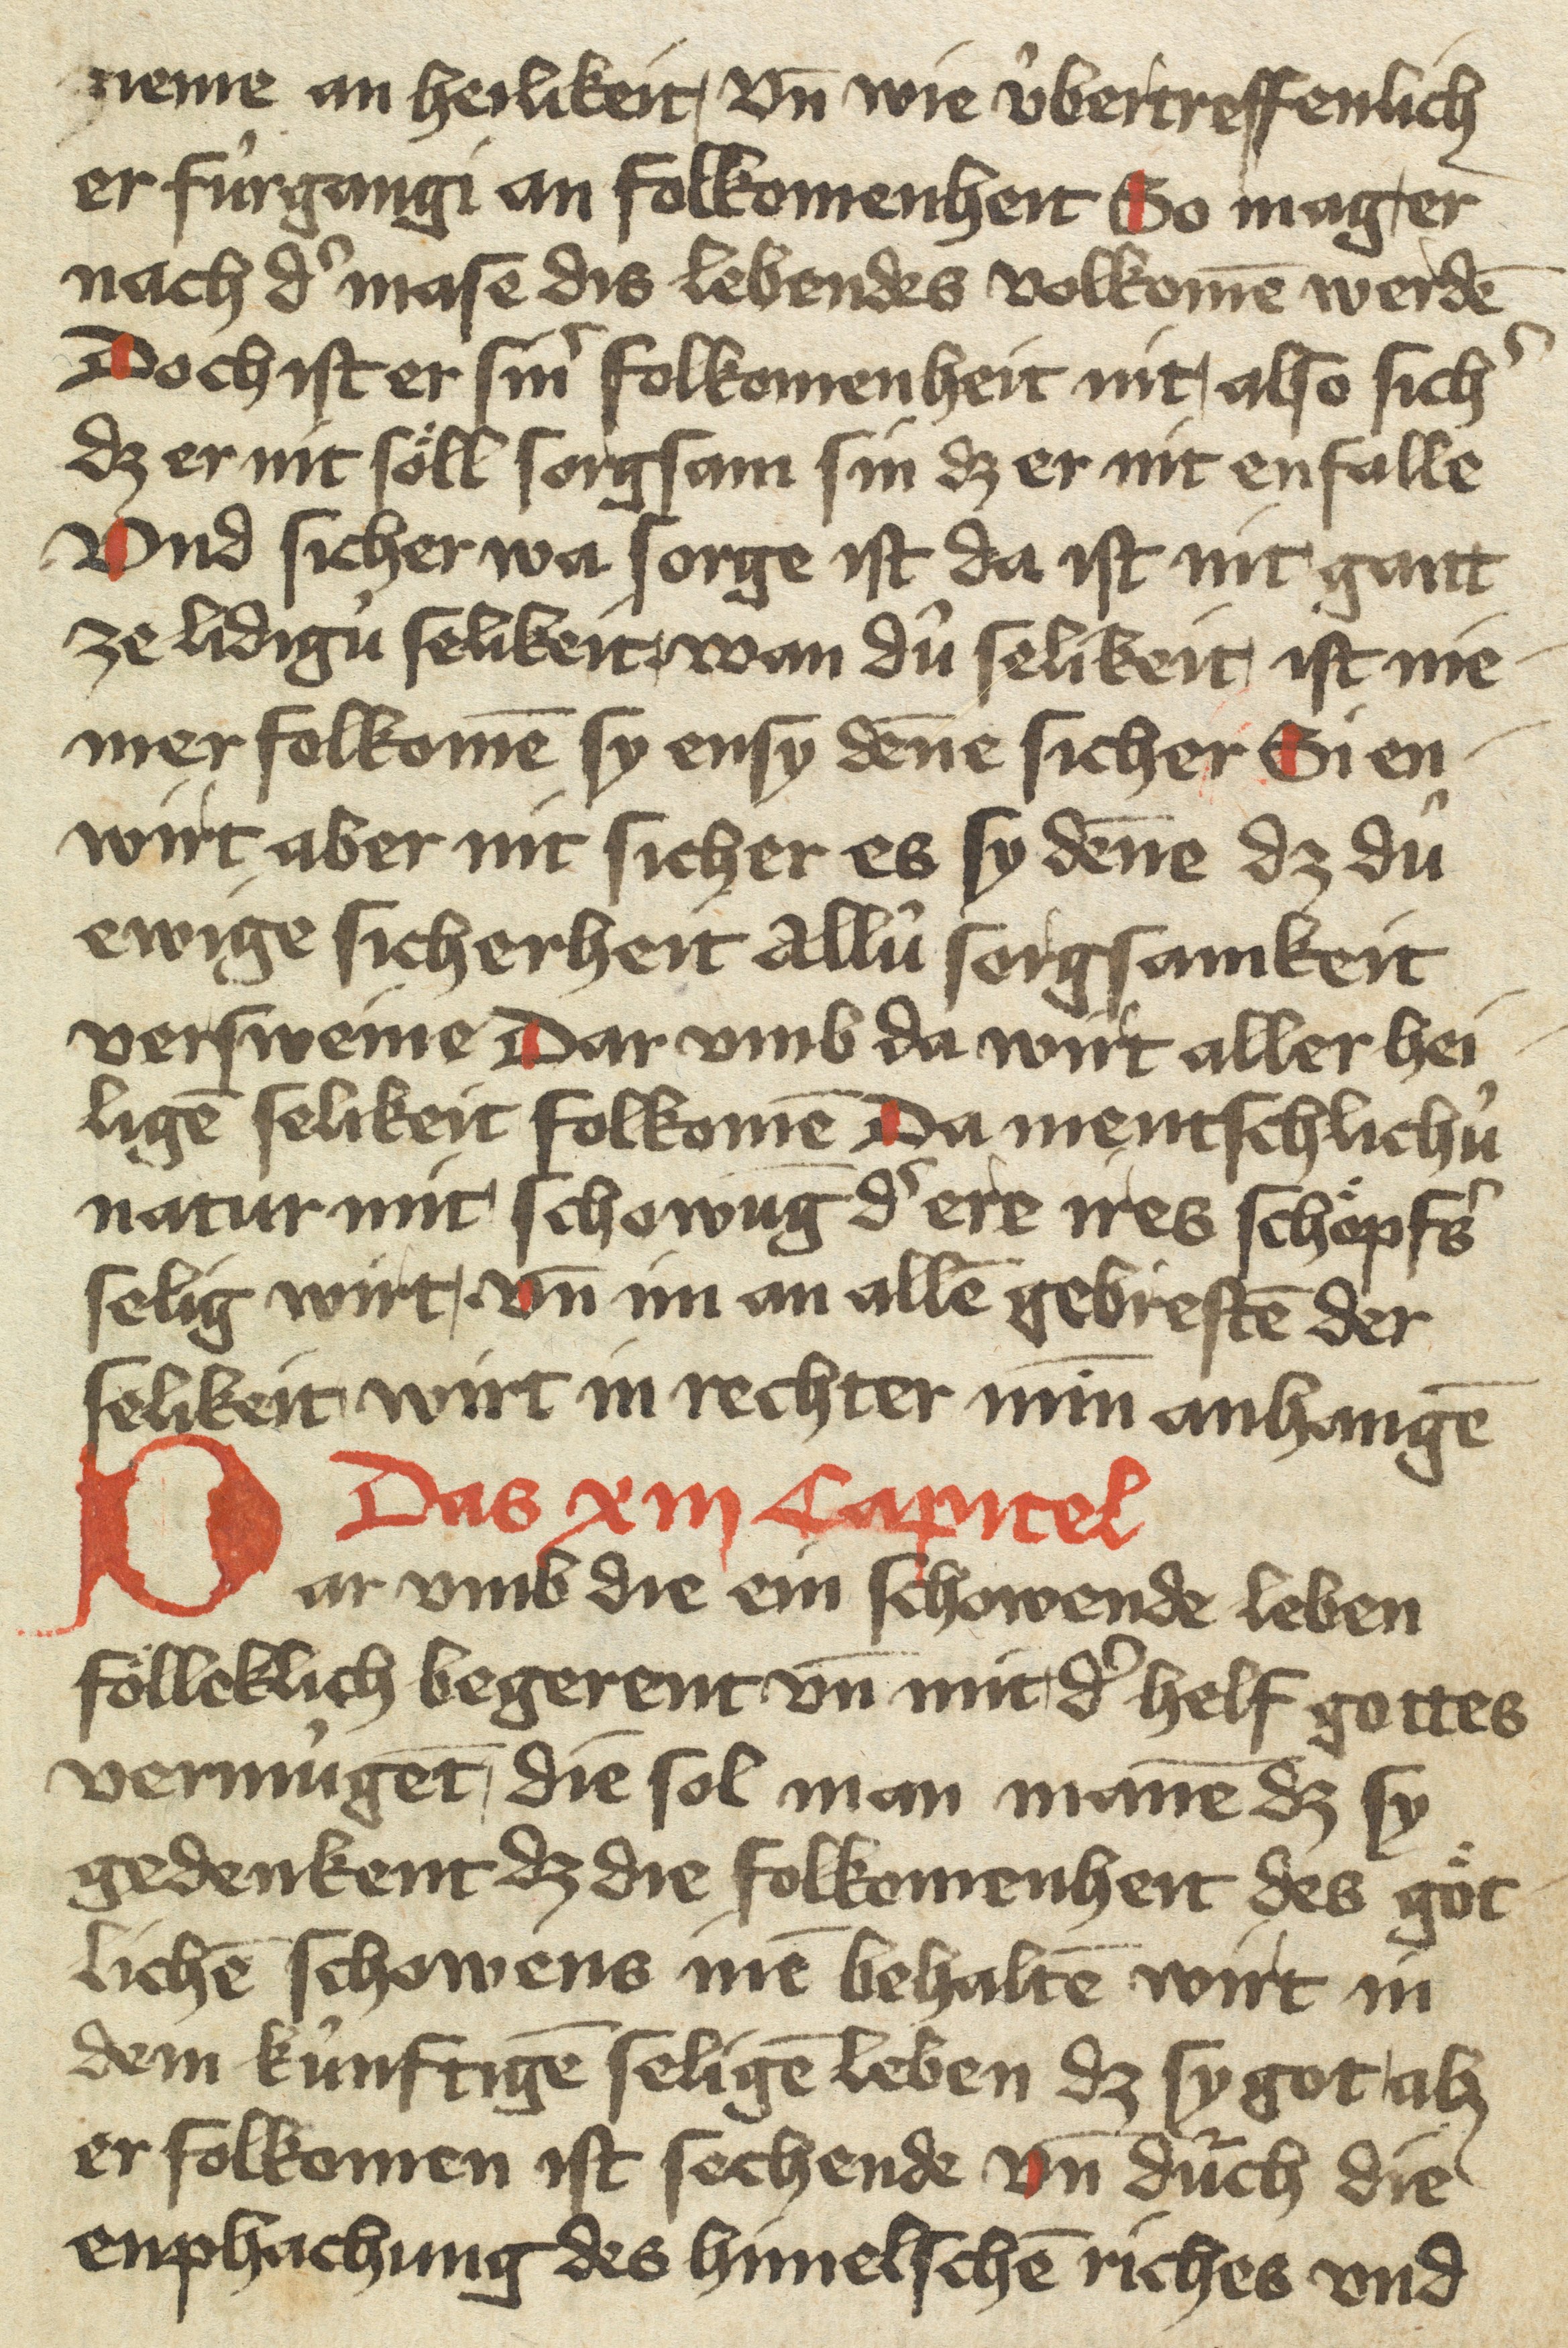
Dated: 1400–1499